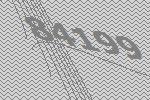
84199